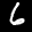
Label: 6